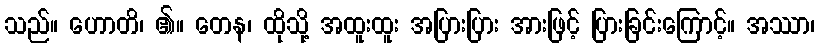
သည်။ ဟောတိ၊ ၏။ တေန၊ ထိုသို့ အထူးထူး အပြားပြား အားဖြင့် ပြားခြင်းကြောင့်။ အဿာ၊